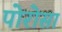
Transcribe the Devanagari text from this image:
पोरोसा